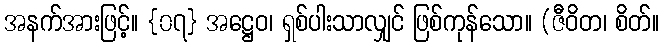
အနက်အားဖြင့်။ {၀၇} အဋ္ဌေဝ၊ ရှစ်ပါးသာလျှင် ဖြစ်ကုန်သော။ (ဇီဝိတ၊ စိတ်။